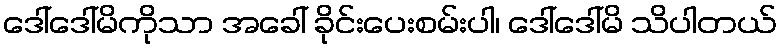
ဒေါ်ဒေါ်မိကိုသာ အခေါ် ခိုင်းပေးစမ်းပါ၊ ဒေါ်ဒေါ်မိ သိပါတယ်